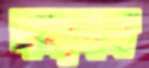
দমাদম